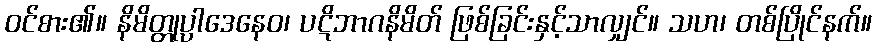
ဝင်စား၏။ နိမိတ္တုပ္ပါဒေနေဝ၊ ပဋိဘာဂနိမိတ် ဖြစ်ခြင်းနှင့်သာလျှင်။ သဟ၊ တစ်ပြိုင်နက်။